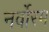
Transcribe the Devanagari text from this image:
नर्वोरम